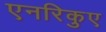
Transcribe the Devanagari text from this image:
एनरिकुए